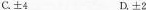
c.±4 D.±2